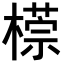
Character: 𣛂